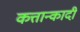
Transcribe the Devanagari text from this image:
कत्तान्कादी